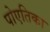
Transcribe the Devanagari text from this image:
पोएतिका